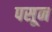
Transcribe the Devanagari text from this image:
पसून